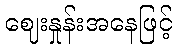
ဈေးနှုန်းအနေဖြင့်